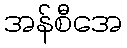
အန်စီအေ